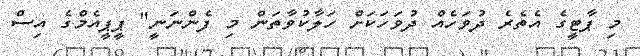
މި ޕާޓީގެ އެތެރެ ދުވަހެއް ދުވަހަކަށް ހަލާކުވާތަން މި ފެންނަނީ" ޕީޕީއެމްގެ އިސް